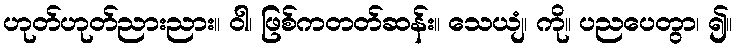
ဟုတ်ဟုတ်ညားညား။ ဝါ၊ ဖြစ်ကတတ်ဆန်း။ သေယျံ၊ ကို။ ပညပေတွာ၊ ၍။